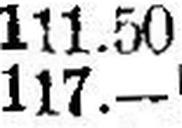
117.—